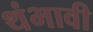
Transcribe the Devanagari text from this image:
थंभावी